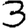
Digit: 3